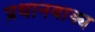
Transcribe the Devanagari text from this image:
प्रधानवाक्य